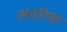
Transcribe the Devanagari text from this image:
स्मारिक